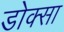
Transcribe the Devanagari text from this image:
डोक्सा